Treatise on elephants
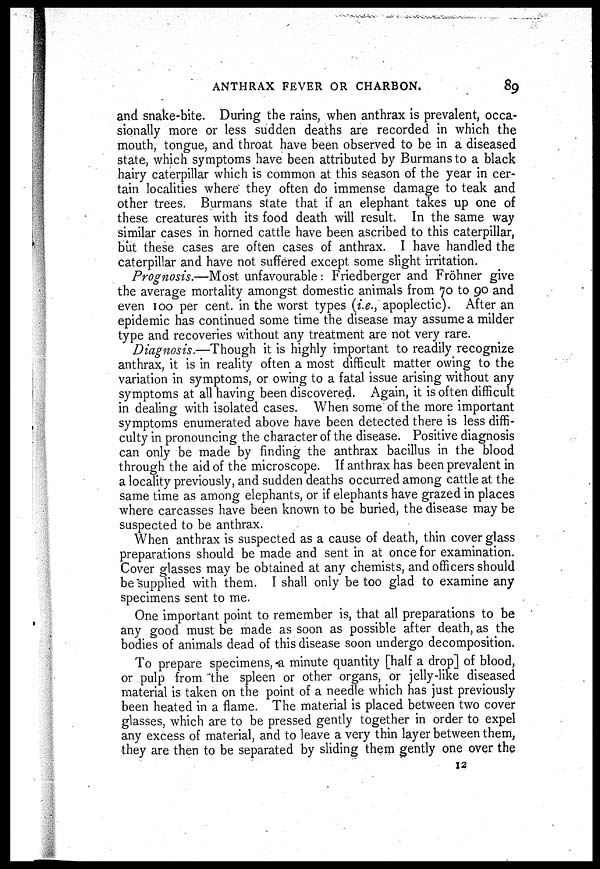
ANTHRAX FEVER OR CHARBON.
89
and snake-bite. During the rains, when anthrax is prevalent, occa-
sionally more or less sudden deaths are recorded in which the
mouth, tongue, and throat have been observed to be in a diseased
state, which symptoms have been attributed by Burmans to a black
hairy caterpillar which is common at this season of the year in cer-
tain localities where they often do immense damage to teak and
other trees. Burmans state that if an elephant takes up one of
these creatures with its food death will result. In the same way
similar cases in horned cattle have been ascribed to this caterpillar,
but these cases are often cases of anthrax. I have handled the
caterpillar and have not suffered except some slight irritation.
Prognosis.—Most unfavourable: Friedberger and Fröhner give
the average mortality amongst domestic animals from 70 to 90 and
even 100 per cent. in the worst types (i.e., apoplectic). After an
epidemic has continued some time the disease may assume a milder
type and recoveries without any treatment are not very rare.
Diagnosis.—Though it is highly important to readily recognize
anthrax, it is in reality often a most difficult matter owing to the
variation in symptoms, or owing to a fatal issue arising without any
symptoms at all having been discovered. Again, it is often difficult
in dealing with isolated cases. When some of the more important
symptoms enumerated above have been detected there is less diffi-
culty in pronouncing the character of the disease. Positive diagnosis
can only be made by finding the anthrax bacillus in the blood
through the aid of the microscope. If anthrax has been prevalent in
a locality previously, and sudden deaths occurred among cattle at the
same time as among elephants, or if elephants have grazed in places
where carcasses have been known to be buried, the disease may be
suspected to be anthrax.
When anthrax is suspected as a cause of death, thin cover glass
preparations should be made and sent in at once for examination.
Cover glasses may be obtained at any chemists, and officers should
be supplied with them. I shall only be too glad to examine any
specimens sent to me.
One important point to remember is, that all preparations to be
any good must be made as soon as possible after death, as the
bodies of animals dead of this disease soon undergo decomposition.
To prepare specimens, a minute quantity [half a drop] of blood,
or pulp from the spleen or other organs, or jelly-like diseased
material is taken on the point of a needle which has just previously
been heated in a flame. The material is placed between two cover
glasses, which are to be pressed gently together in order to expel
any excess of material, and to leave a very thin layer between them,
they are then to be separated by sliding them gently one over the
12